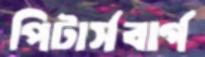
পিটার্সবার্গ